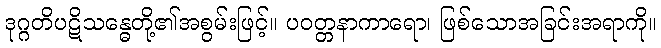
ဒုဂ္ဂတိပဋိသန္ဓေတို့၏အစွမ်းဖြင့်။ ပဝတ္တနာကာရော၊ ဖြစ်သောအခြင်းအရာကို။